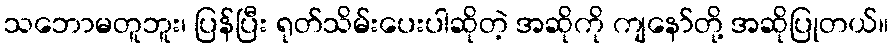
သဘောမတူဘူး၊ ပြန်ပြီး ရုတ်သိမ်းပေးပါဆိုတဲ့ အဆိုကို ကျနော်တို့ အဆိုပြုတယ်။